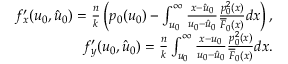
\begin{array} { r } { f _ { x } ^ { \prime } ( u _ { 0 } , \hat { u } _ { 0 } ) = \frac { n } { k } \left( p _ { 0 } ( u _ { 0 } ) - \int _ { u _ { 0 } } ^ { \infty } \frac { x - \hat { u } _ { 0 } } { u _ { 0 } - \hat { u } _ { 0 } } \frac { p _ { 0 } ^ { 2 } ( x ) } { \overline { { F } } _ { 0 } ( x ) } d x \right) , } \\ { f _ { y } ^ { \prime } ( u _ { 0 } , \hat { u } _ { 0 } ) = \frac { n } { k } \int _ { u _ { 0 } } ^ { \infty } \frac { x - u _ { 0 } } { u _ { 0 } - \hat { u } _ { 0 } } \frac { p _ { 0 } ^ { 2 } ( x ) } { \overline { { F } } _ { 0 } ( x ) } d x . } \end{array}